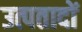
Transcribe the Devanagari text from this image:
उत्पतादों